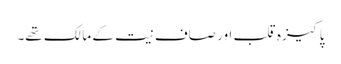
پاکیزہ قلب اور صاف نیت کے مالک تھے۔